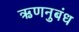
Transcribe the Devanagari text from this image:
ऋणनुबंध